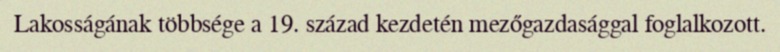
Lakosságának többsége a 19. század kezdetén mezőgazdasággal foglalkozott.